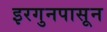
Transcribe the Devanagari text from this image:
इरगुनपासून